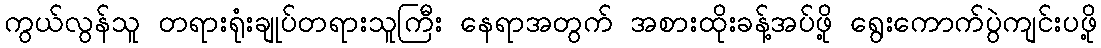
ကွယ်လွန်သူ တရားရုံးချုပ်တရားသူကြီး နေရာအတွက် အစားထိုးခန့်အပ်ဖို့ ရွေးကောက်ပွဲကျင်းပဖို့